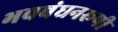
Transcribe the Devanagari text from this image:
भवबंधनरूपी